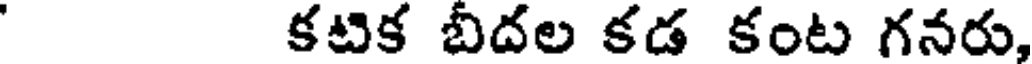
కటిక బిదల కడ కంట గనరు,